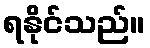
ရနိုင်သည်။